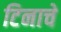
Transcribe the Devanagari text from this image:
टिनाचे